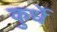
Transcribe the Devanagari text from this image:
कुर्धे